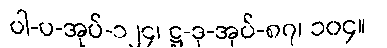
ပါ-ပ-အုပ်-၁၂၄၊ ဋ္ဌ-ဒု-အုပ်-၈၇၊ ၁၀၄။